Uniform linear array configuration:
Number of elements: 12
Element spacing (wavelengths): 1
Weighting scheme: kaiser
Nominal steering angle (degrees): -15
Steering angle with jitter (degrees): -15.911
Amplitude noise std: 0.05
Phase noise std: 0.05

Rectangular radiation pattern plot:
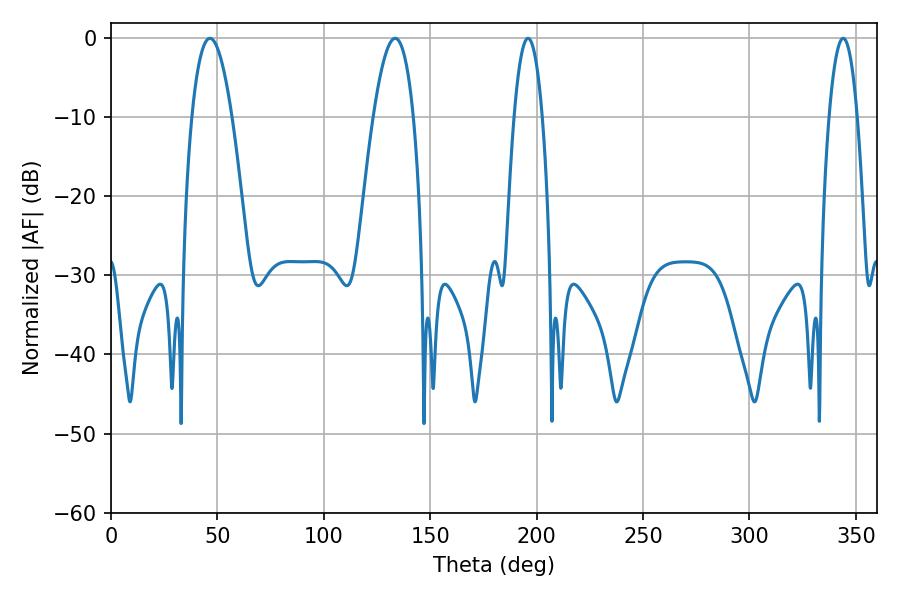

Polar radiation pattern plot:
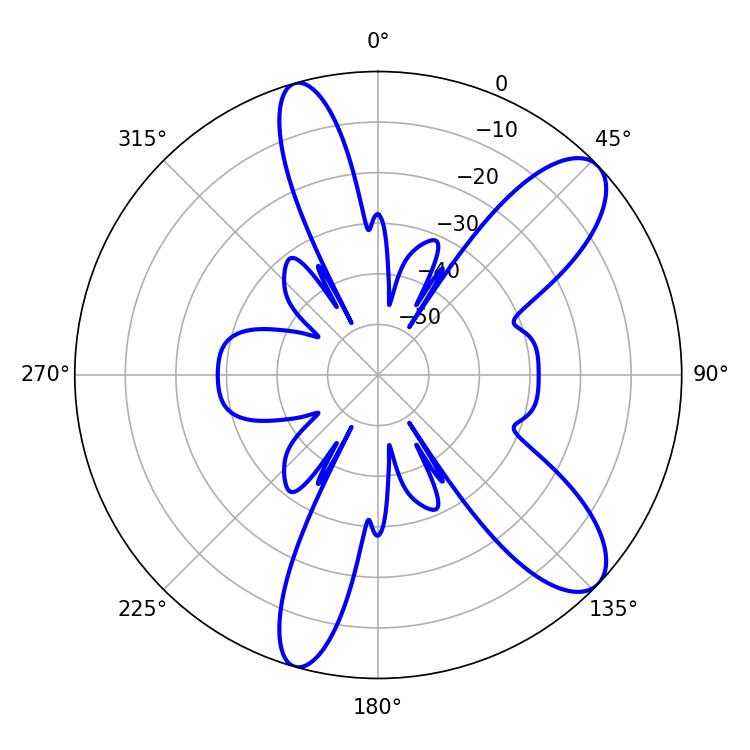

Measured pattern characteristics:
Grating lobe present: TRUE
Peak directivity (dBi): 9.82
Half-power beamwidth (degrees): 10.44
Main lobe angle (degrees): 46.44